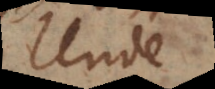
Unde